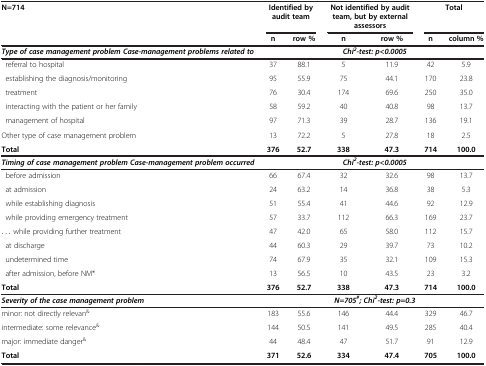
<table><thead><tr><td><b>N=714</b></td><td colspan="2"><b>Identified by audit team</b></td><td colspan="2"><b>Not identified by audit team, but by external assessors</b></td><td colspan="2"><b>Total</b></td></tr><tr><td><b> </b></td><td><b>n</b></td><td><b>row %</b></td><td><b>n</b></td><td><b>row %</b></td><td><b>n</b></td><td><b>column %</b></td></tr></thead><tbody><tr><td><b><i>Type of case management problem Case-management problems related to</i></b></td><td colspan="6"><b><i>Chi</i></b><sup><b><i>2</i></b></sup><b><i>-test: p&lt;0.0005</i></b></td></tr><tr><td> referral to hospital</td><td>37</td><td>88.1</td><td>5</td><td>11.9</td><td>42</td><td>5.9</td></tr><tr><td> establishing the diagnosis/monitoring</td><td>95</td><td>55.9</td><td>75</td><td>44.1</td><td>170</td><td>23.8</td></tr><tr><td> treatment</td><td>76</td><td>30.4</td><td>174</td><td>69.6</td><td>250</td><td>35.0</td></tr><tr><td> interacting with the patient or her family</td><td>58</td><td>59.2</td><td>40</td><td>40.8</td><td>98</td><td>13.7</td></tr><tr><td> management of hospital</td><td>97</td><td>71.3</td><td>39</td><td>28.7</td><td>136</td><td>19.1</td></tr><tr><td>Other type of case management problem</td><td>13</td><td>72.2</td><td>5</td><td>27.8</td><td>18</td><td>2.5</td></tr><tr><td><b>Total</b></td><td><b>376</b></td><td><b>52.7</b></td><td><b>338</b></td><td><b>47.3</b></td><td><b>714</b></td><td><b>100.0</b></td></tr><tr><td><b><i>Timing of case management problem Case-management problem occurred</i></b></td><td colspan="6"><b><i>Chi</i></b><sup><b><i>2</i></b></sup><b><i>-test: p&lt;0.0005</i></b></td></tr><tr><td> before admission</td><td>66</td><td>67.4</td><td>32</td><td>32.6</td><td>98</td><td>13.7</td></tr><tr><td> at admission</td><td>24</td><td>63.2</td><td>14</td><td>36.8</td><td>38</td><td>5.3</td></tr><tr><td> while establishing diagnosis</td><td>51</td><td>55.4</td><td>41</td><td>44.6</td><td>92</td><td>12.9</td></tr><tr><td> while providing emergency treatment</td><td>57</td><td>33.7</td><td>112</td><td>66.3</td><td>169</td><td>23.7</td></tr><tr><td>... while providing further treatment</td><td>47</td><td>42.0</td><td>65</td><td>58.0</td><td>112</td><td>15.7</td></tr><tr><td> at discharge</td><td>44</td><td>60.3</td><td>29</td><td>39.7</td><td>73</td><td>10.2</td></tr><tr><td> undetermined time</td><td>74</td><td>67.9</td><td>35</td><td>32.1</td><td>109</td><td>15.3</td></tr><tr><td> after admission, before NM*</td><td>13</td><td>56.5</td><td>10</td><td>43.5</td><td>23</td><td>3.2</td></tr><tr><td><b>Total</b></td><td><b>376</b></td><td><b>52.7</b></td><td><b>338</b></td><td><b>47.3</b></td><td><b>714</b></td><td><b>100.0</b></td></tr><tr><td><b><i>Severity of the case management problem</i></b></td><td colspan="6"><b><i>N=705</i></b><sup><b><i>#</i></b></sup><b><i>; Chi</i></b><sup><b><i>2</i></b></sup><b><i>-test: p=0.3</i></b></td></tr><tr><td>minor: not directly relevan<sup>&amp;</sup></td><td>183</td><td>55.6</td><td>146</td><td>44.4</td><td>329</td><td>46.7</td></tr><tr><td>intermediate: some relevance<sup>&amp;</sup></td><td>144</td><td>50.5</td><td>141</td><td>49.5</td><td>285</td><td>40.4</td></tr><tr><td>major: immediate danger<sup>&amp;</sup></td><td>44</td><td>48.4</td><td>47</td><td>51.7</td><td>91</td><td>12.9</td></tr><tr><td><b>Total</b></td><td><b>371</b></td><td><b>52.6</b></td><td><b>334</b></td><td><b>47.4</b></td><td><b>705</b></td><td><b>100.0</b></td></tr></tbody></table>